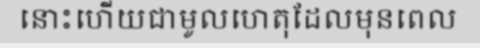
នោះហើយជាមូលហេតុដែលមុនពេល